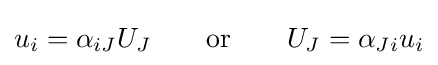
u_{i}=\alpha _{iJ}U_{J}\qquad {\text{or}}\qquad U_{J}=\alpha _{Ji}u_{i}